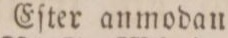
Eſter anmodan